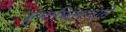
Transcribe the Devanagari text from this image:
सुभाषितरूपाने